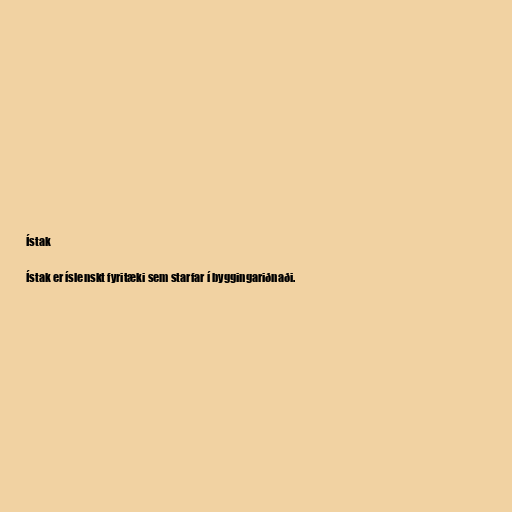
Ístak

Ístak er íslenskt fyritæki sem starfar í byggingariðnaði.